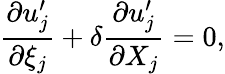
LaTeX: \frac{\partial u_{j}^{\prime}}{\partial\xi_{j}}+\delta\frac{\partial u_{j}^{\prime}}{\partial X_{j}}=0,